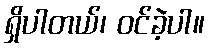
ရှိပါတယ်၊ ဝင်ခဲ့ပါ။